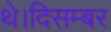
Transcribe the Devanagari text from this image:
थे।दिसम्बर